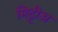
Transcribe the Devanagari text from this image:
मिट्टीअ